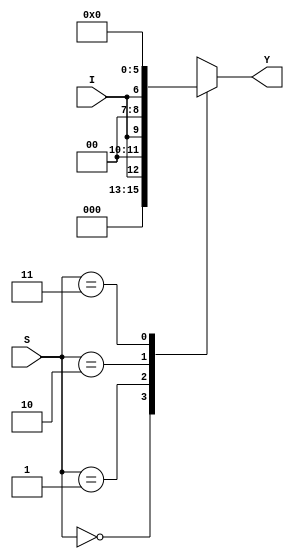
module Demux_case
(
    input I,
    input [1:0] S,
    output reg [3:0] Y
);

always @(*)
    begin
        case(S)
            2'b00: Y = {3'b000, I};
            2'b01: Y = {2'b00, I, 1'b0};
            2'b10: Y = {1'b0, I, 2'b00};
            2'b11: Y = {3'b000, 1'b0};
            default: Y = {3'b000, I};
        endcase
    end
endmodule